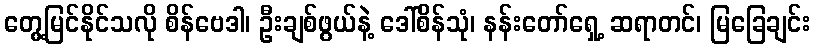
တွေ့မြင်နိုင်သလို စိန်ဗေဒါ၊ ဦးချစ်ဖွယ်နဲ့ ဒေါ်စိန်သုံ၊ နန်းတော်ရှေ့ ဆရာတင်၊ မြခြေချင်း